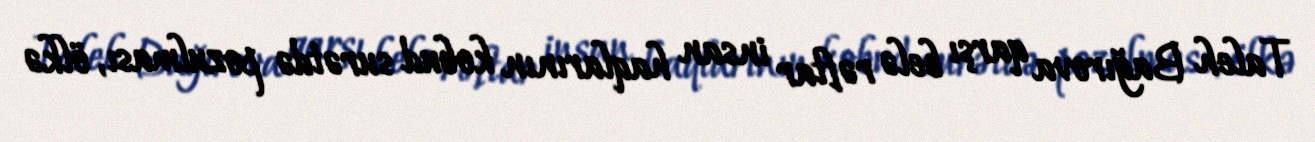
Taleh Bağırova qarşı belə rəftar insan haqlarının kobud surətdə pozulması, ölkə